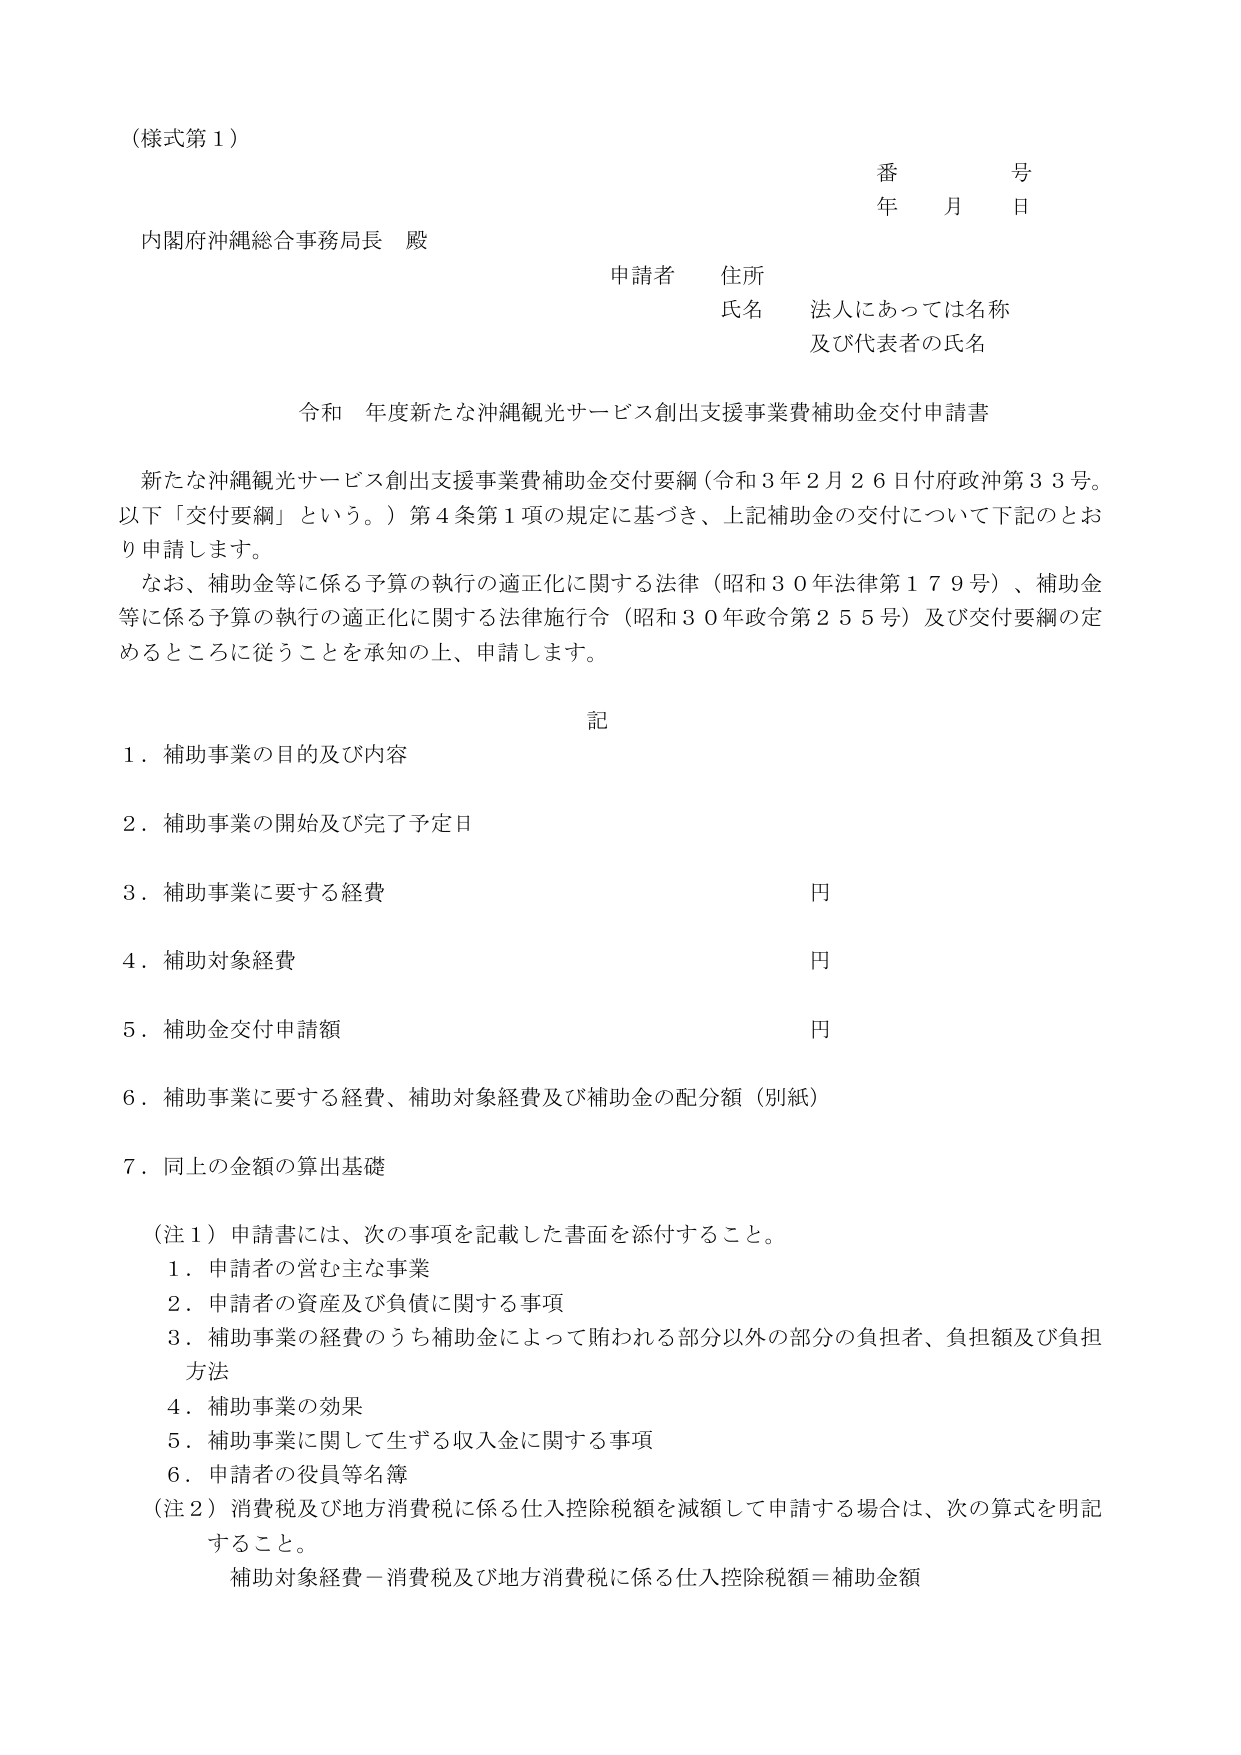
（様式第１）

番　　号
年　　月　　日

内閣府沖縄総合事務局長　殿

申請者　住所
氏名　法人にあっては名称
　　　及び代表者の氏名

令和　年度新たな沖縄観光サービス創出支援事業費補助金交付申請書

新たな沖縄観光サービス創出支援事業費補助金交付要綱（令和３年２月２６日付府政沖第３３号。以下「交付要綱」という。）第４条第１項の規定に基づき、上記補助金の交付について下記のとおり申請します。
なお、補助金等に係る予算の執行の適正化に関する法律（昭和３０年法律第１７９号）、補助金等に係る予算の執行の適正化に関する法律施行令（昭和３０年政令第２５５号）及び交付要綱の定めるところに従うことを承知の上、申請します。

記

１．補助事業の目的及び内容
２．補助事業の開始及び完了予定日
３．補助事業に要する経費　　　　　　　　　　　　　　　　　円
４．補助対象経費　　　　　　　　　　　　　　　　　　　　　円
５．補助金交付申請額　　　　　　　　　　　　　　　　　　　円
６．補助事業に要する経費、補助対象経費及び補助金の配分額（別紙）
７．同上の金額の算出基礎

（注１）申請書には、次の事項を記載した書面を添付すること。
　　１．申請者の営む主な事業
　　２．申請者の資産及び負債に関する事項
　　３．補助事業の経費のうち補助金によって賄われる部分以外の部分の負担者、負担額及び負担方法
　　４．補助事業の効果
　　５．補助事業に関して生ずる収入金に関する事項
　　６．申請者の役員等名簿
（注２）消費税及び地方消費税に係る仕入控除税額を減額して申請する場合は、次の算式を明記すること。
　　　補助対象経費－消費税及び地方消費税に係る仕入控除税額＝補助金額